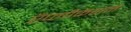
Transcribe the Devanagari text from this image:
ऍप्लीकेशनें